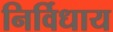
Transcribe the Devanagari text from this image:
निर्विधाय